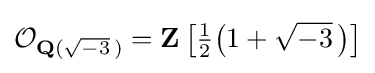
{\mathcal {O}}_{\mathbf {Q} ({\sqrt {-3}}\,)}=\mathbf {Z} \left[{\tfrac {1}{2}}{\bigl (}1+{\sqrt {-3}}~\!{\bigr )}\right]